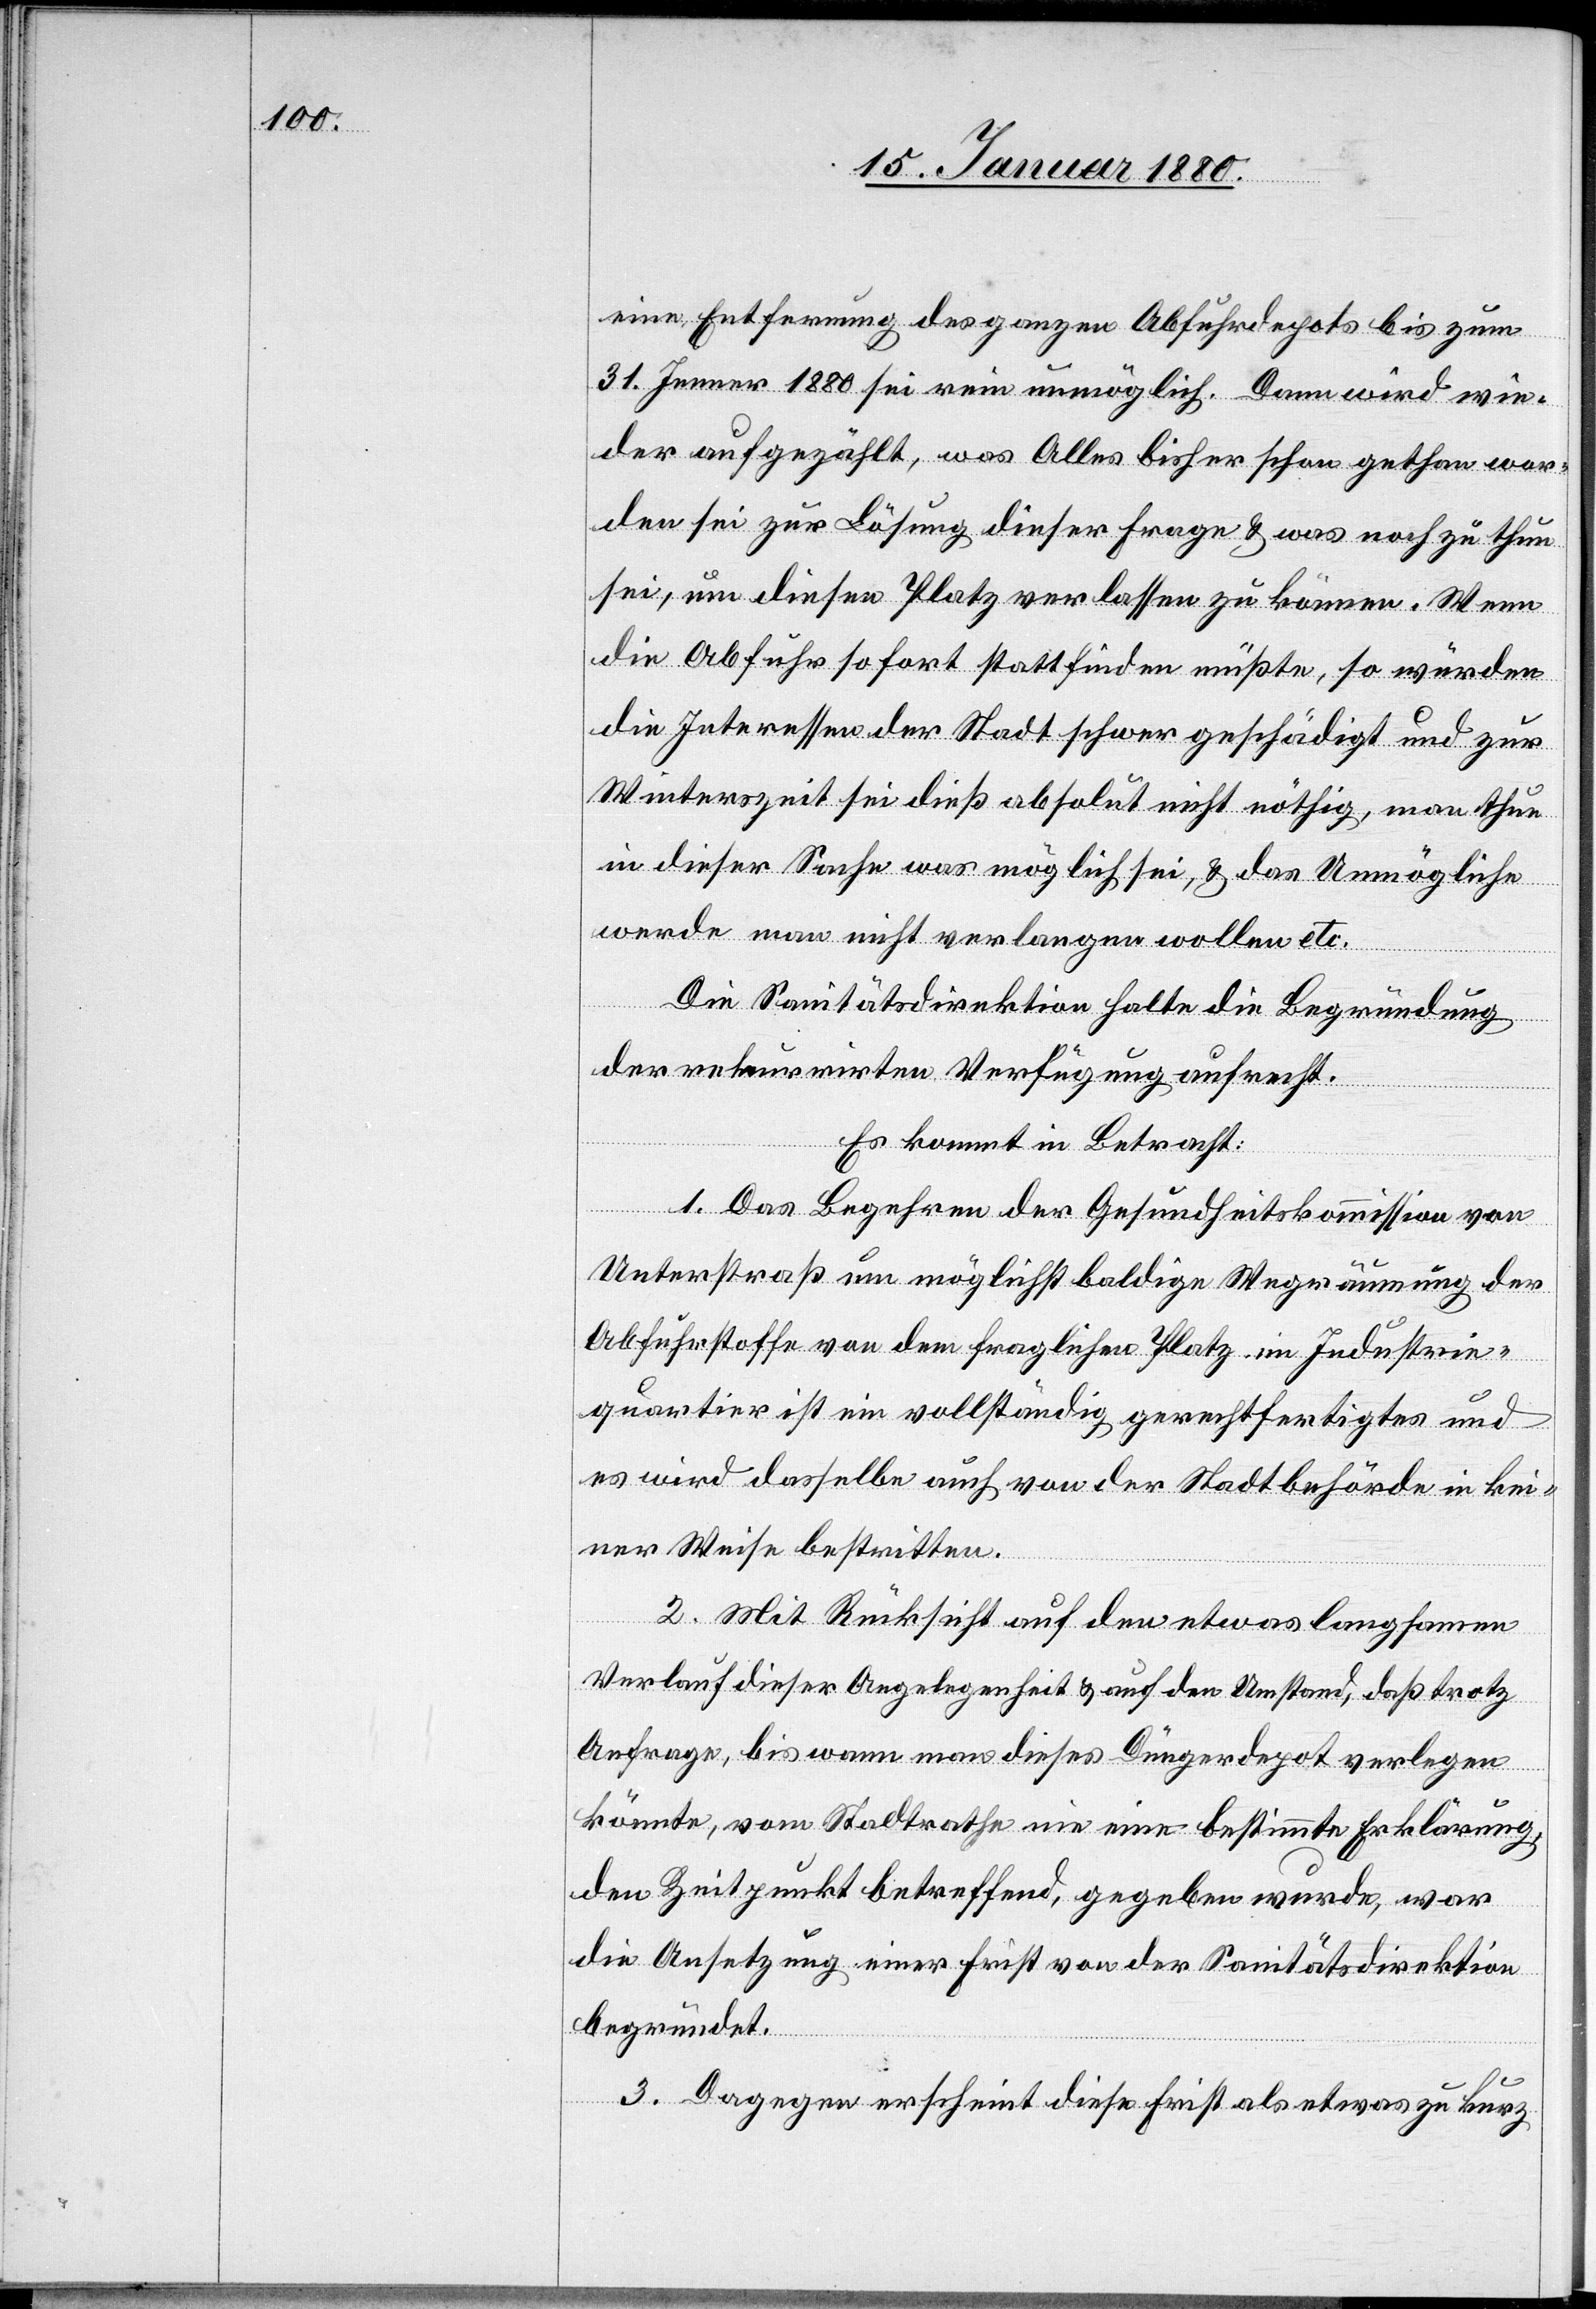
eine Entfernung des ganzen Abfuhrdepots bis zum
31. Jenner 1880 sei rein unmöglich. Dann wird wie¬
der aufgezählt, was Alles bisher schon gethan wor¬
den sei zur Lösung dieser Frage & was noch zu thun
sei, um diesen Platz verlassen zu können. Wenn
die Abfuhr sofort stattfinden müßte, so würden
die Interessen der Stadt schwer geschädigt und zur
Winterszeit sei dieß absolut nicht nöthig, man thue
in dieser Sache was möglich sei, & das Unmögliche
werde man nicht verlangen wollen etc.
Die Sanitätsdirektion halte die Begründung
der rekurrirten Verfügung aufrecht.
Es kommt in Betracht:
1. Das Begehren der Gesundheitskommission von
Unterstraß um möglichst baldige Wegräumung der
Abfuhrstoffe von dem fraglichen Platz im Industrie¬
quartier ist ein vollständig gerechtfertigtes und
es wird dasselbe auch von der Stadt Zürich in kei¬
ner Weise bestritten.
2. Mit Rücksicht auf den etwas langsamen
Verlauf dieser Angelegenheit & auf den Umstand, daß trotz
Anfrage, bis wann man dieses Düngerdepot verlegen
könnte, vom Stadtrathe nie eine bestimmte Erklärung,
den Zeitpunkt betreffend, gegeben wurde, war
die Ansetzung einer Frist von der Sanitätsdirektion
begründet.
3. Dagegen erscheint diese Frist als etwas zu kurz